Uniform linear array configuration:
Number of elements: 12
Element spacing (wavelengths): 0.5
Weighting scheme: hamming
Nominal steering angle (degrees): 15
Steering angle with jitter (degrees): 16.874
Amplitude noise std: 0.05
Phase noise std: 0.05

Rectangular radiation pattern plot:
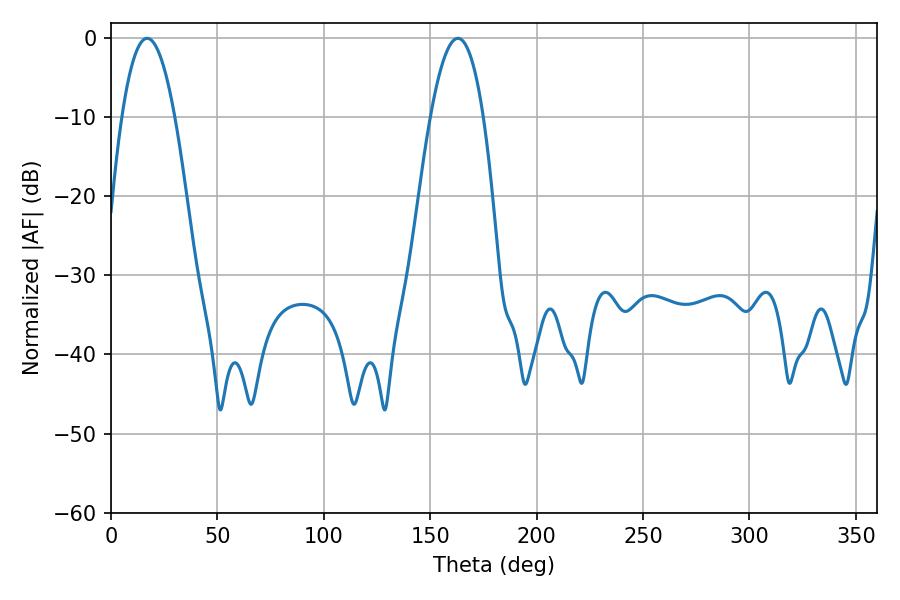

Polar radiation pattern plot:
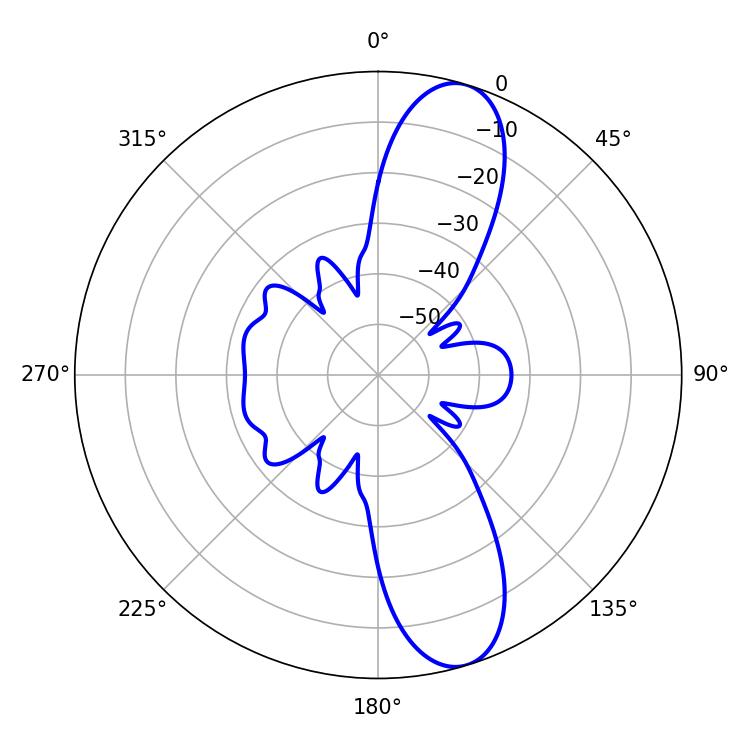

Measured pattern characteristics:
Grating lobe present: FALSE
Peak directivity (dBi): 11.21
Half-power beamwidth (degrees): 13.68
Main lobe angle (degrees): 16.92